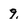
Character: 9